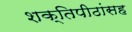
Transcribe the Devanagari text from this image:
शक्तिपीठांसह